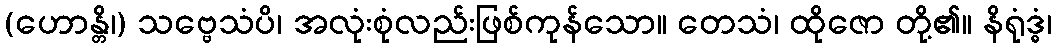
(ဟောန္တိ၊) သဗ္ဗေသံပိ၊ အလုံးစုံလည်းဖြစ်ကုန်သော။ တေသံ၊ ထိုဇော တို့၏။ နိရုံဒ္ဓံ၊